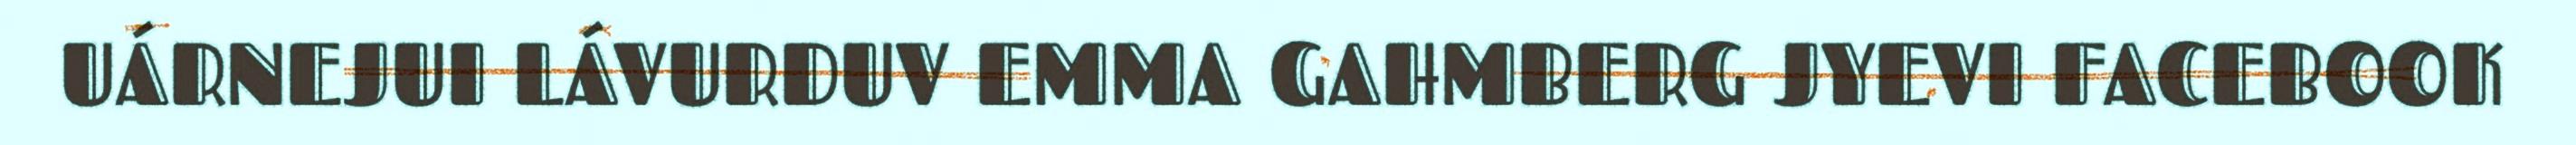
UÁRNEJUI LÁVURDUV EMMA GAHMBERG JYEVI FACEBOOK